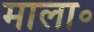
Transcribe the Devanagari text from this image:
माला॰